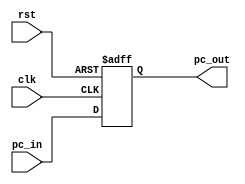
`timescale 1ns / 1ps
//////////////////////////////////////////////////////////////////////////////////
// Company: 
// Engineer: 
// 
// Design Name: 
// Module Name:    PC 
// Project Name: 
// Target Devices: 
// Tool versions: 
// Description: 
//
// Dependencies: 
//
// Revision: 
// Revision 0.01 - File Created
// Additional Comments: 
//
//////////////////////////////////////////////////////////////////////////////////
module PC(
    output reg [63:0] pc_out,
    input [63:0] pc_in,
    input clk,
    input rst
    );
	 
	 always @(posedge clk or posedge rst)
	 begin
		if(rst == 1)
			pc_out <= 32'b00;
		else
			pc_out <= pc_in;
	 end

endmodule